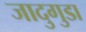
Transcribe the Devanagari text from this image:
जादुगुडा